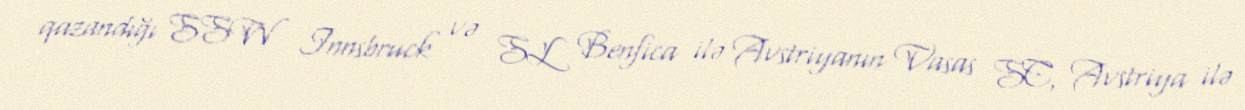
qazandığı SSW Innsbruck və SL Benfica ilə Avstriyanın Vasas SC, Avstriya ilə